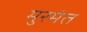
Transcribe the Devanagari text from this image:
मुरमंत